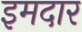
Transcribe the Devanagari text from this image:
इमदार